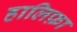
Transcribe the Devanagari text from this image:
हालिफ़ा